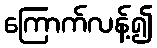
ကြောက်လန့်၍